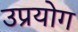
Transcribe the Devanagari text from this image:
उप्रयोग